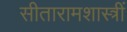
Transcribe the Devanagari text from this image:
सीतारामशास्त्रीं